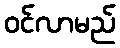
ဝင်လာမည်